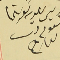
ريس ىلديه كفرشيما نعوم دىب العارح